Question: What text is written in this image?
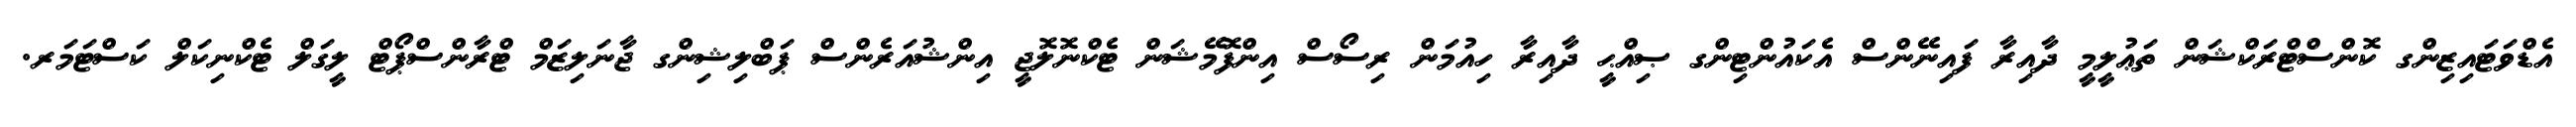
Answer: އެޑްވަޓައިޒިންގ ކޮންސްޓްރަކްޝަން ތަޢުލީމީ ދާއިރާ ފައިނޭންސް އެކައުންޓިންގ ޞިއްޙީ ދާއިރާ ހިއުމަން ރިސޯސް އިންފޮމޭޝަން ޓެކްނޮލޮޖީ އިންޝުއަރެންސް ޕަބްލިޝިންގ ޖާނަލިޒަމް ޓްރާންސްޕޯޓް ލީގަލް ޓެކްނިކަލް ކަސްޓަމަރ.